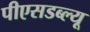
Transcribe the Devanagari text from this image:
पीएसडब्ल्यू